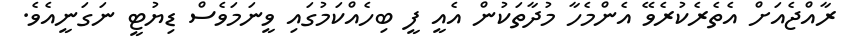
ރާއްޖެއަށް އެތެރެކުރެވޭ އެންމެހާ މުދާތަކުން އެއީ ފީ ބިހެއްކަމުގައި ވީނަމަވެސް ޑިޔުޓީ ނަގަނީއެވެ.